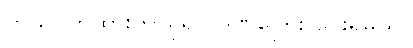
ကွယ်ဝှက်ထားတာရှိရင် ဒဏ်ကြေး ပေးရမယ်။